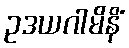
ဥဒယဂါမိနိံ